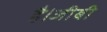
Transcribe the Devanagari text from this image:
है।जीबी